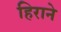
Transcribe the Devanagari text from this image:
हिराने